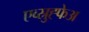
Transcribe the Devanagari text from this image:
एव्स्रुह्फेअ